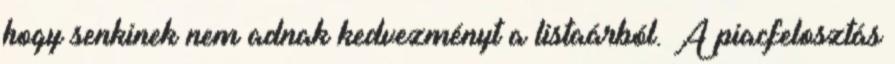
hogy senkinek nem adnak kedvezményt a listaárból. A piacfelosztás